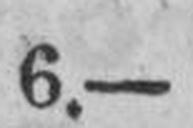
6.—